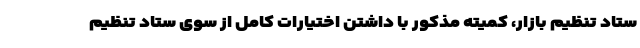
ستاد تنظیم بازار، کمیته مذکور با داشتن اختیارات کامل از سوی ستاد تنظیم